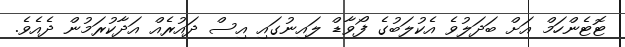
ޓޮޓެންހަމް އަށް ބަދަލުވެ އެކުލަބުގެ ފޯވާޑް ލައިނުގައި އިސް ދައުރެއް އަދާކުރަމުން ދެއެވެ.